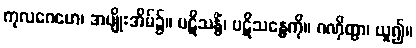
ကုလဂေဟေ၊ အမျိုးအိမ်၌။ ပဋိသန္ဓိံ၊ ပဋိသန္ဓေကို။ ဂဏှိတွာ၊ ယူ၍။